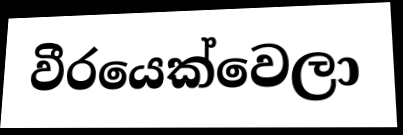
වීරයෙක්වෙලා